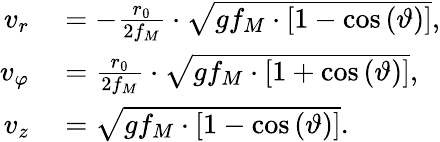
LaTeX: \begin{array}{rl}{v_{r}}&{{}=-\frac{r_{0}}{2f_{M}}\cdot\sqrt{gf_{M}\cdot\left[1-\cos\left(\vartheta\right)\right]},}\\ {v_{\varphi}}&{{}=\frac{r_{0}}{2f_{M}}\cdot\sqrt{gf_{M}\cdot\left[1+\cos\left(\vartheta\right)\right]},}\\ {v_{z}}&{{}=\sqrt{gf_{M}\cdot\left[1-\cos\left(\vartheta\right)\right]}.}\end{array}